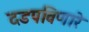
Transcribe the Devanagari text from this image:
दडपविणारे